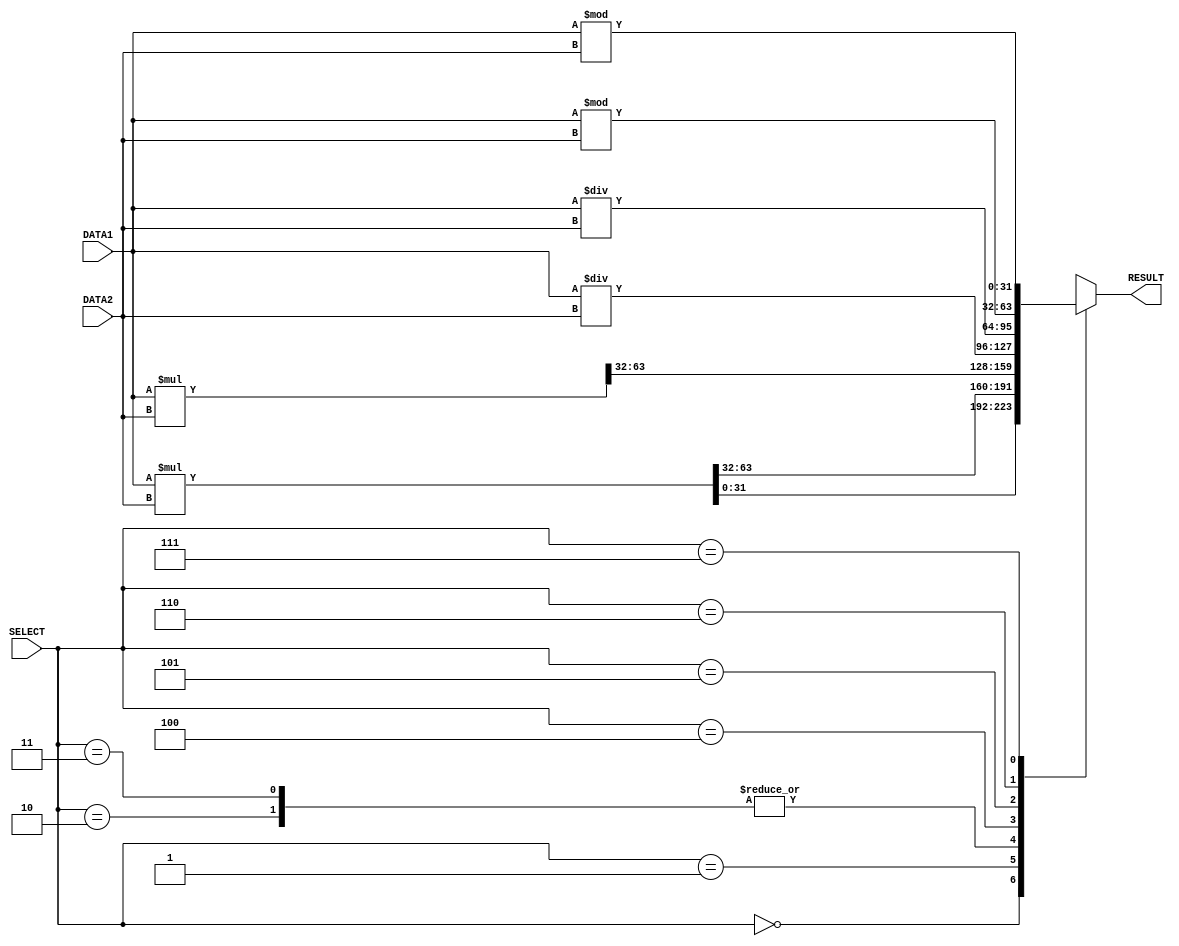
module mul(RESULT, DATA1, DATA2, SELECT);

  input [31:0] DATA1, DATA2;
  input [2:0] SELECT;
  // input wire CLK;
  // output [63:0] RESULTM;
  output reg [31:0] RESULT;

  wire [63:0] MUL,MULH,MULHU,MULHSU;
  wire [31:0] DIV,DIVU,REM,REMU;
  //multiplication 
	assign MUL = $signed(DATA1) * $signed(DATA2);                      // Multiplication
  // assign MULH = (DATA1 * DATA2)[63:32];                      // Multiplication (Signed)
  assign MULHU = $unsigned(DATA1) * $unsigned(DATA2);    // Multiplication (Unsigned)
  assign MULHSU = $signed(DATA1) * $unsigned(DATA2);     // Multiplication (Signed x UnSigned)
  
  //and division instructions
	assign DIV = $signed(DATA1) / $signed(DATA2);                           // Division
  assign DIVU = $unsigned(DATA1) / $unsigned(DATA2);    // Division Unsigned
  assign REM = $signed(DATA1) % $signed(DATA2);                           // Remainder
  assign REMU = DATA1 % DATA2;                          // Remainder Unsigned

  always @(*) 
  begin
    case (SELECT)
      3'd0: RESULT <= MUL[31:0]; //mul
      3'd1: RESULT <= MUL[63:32];  //mulh
      3'd2: RESULT <= MULHSU[63:32];  //mulhsu
      3'd3: RESULT <= MULHU[63:32]; //mulhu

      3'd4: RESULT <= DIV;
      3'd5: RESULT <= DIVU;
      3'd6: RESULT <= REM;
      3'd7: RESULT <= REMU;
    endcase

  end

endmodule